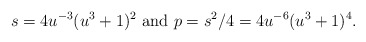
\begin{align*}s = 4u^{-3}(u^3+1)^2\mbox{ and }p = s^2/4= 4u^{-6}(u^3+1)^4.\end{align*}